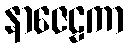
နာဇေဠကာ